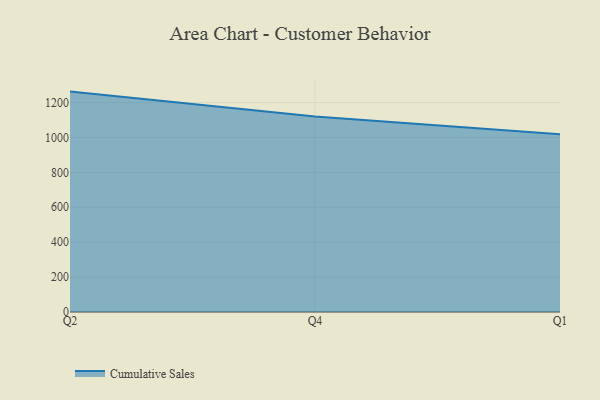
{"axis": {"x": "Quarter", "y": "Satisfaction Score"}, "legend": ["Cumulative Sales"], "data": [{"x": "Q2", "y": 1262.9, "type": "Cumulative Sales"}, {"x": "Q4", "y": 1120.9, "type": "Cumulative Sales"}, {"x": "Q1", "y": 1018.5, "type": "Cumulative Sales"}]}